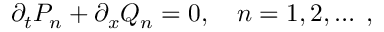
\partial _ { t } P _ { n } + \partial _ { x } Q _ { n } = 0 , \quad n = 1 , 2 , \dots \; ,